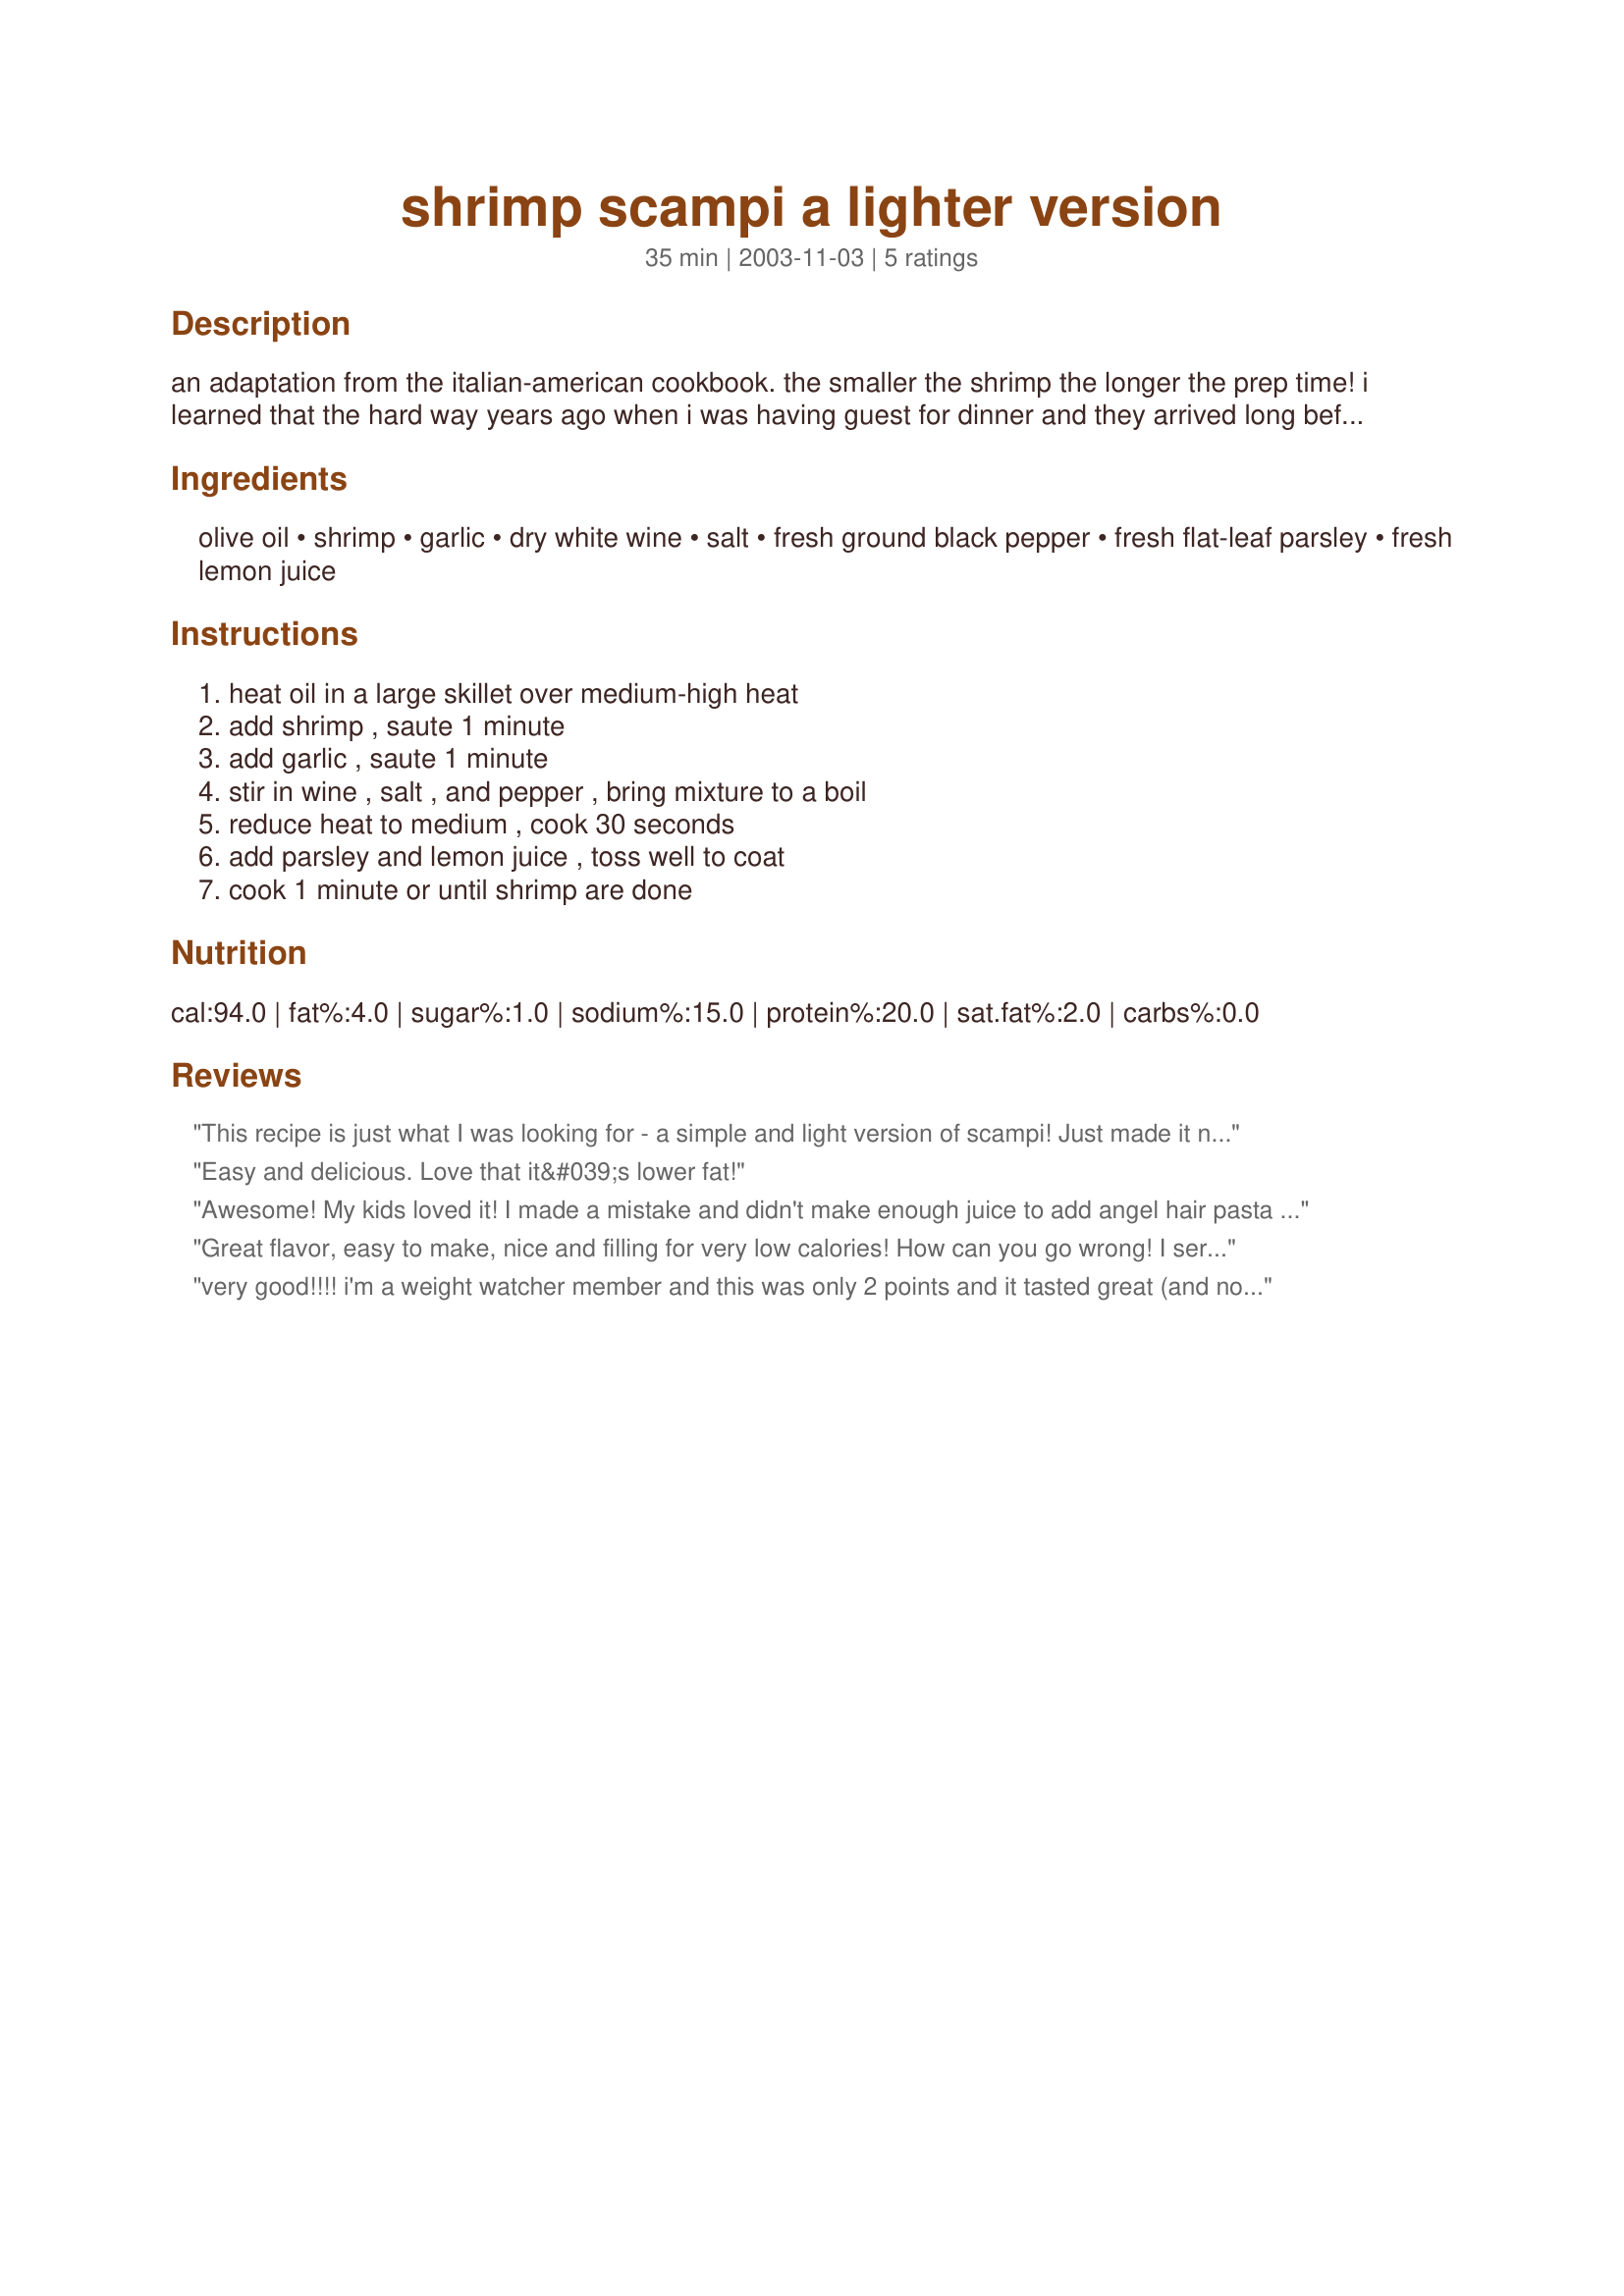
shrimp scampi a lighter version
Preparation time: 35 minutes

an adaptation from the italian-american cookbook. the smaller the shrimp the longer the prep time! i learned that the hard way years ago when i was having guest for dinner and they arrived long before i was finished peeling and deveining the shrimp.

Ingredients:
olive oil, shrimp, garlic, dry white wine, salt, fresh ground black pepper, fresh flat-leaf parsley, fresh lemon juice

Steps:
heat oil in a large skillet over medium-high heat, add shrimp , saute 1 minute, add garlic , saute 1 minute, stir in wine , salt , and pepper , bring mixture to a boil, reduce heat to medium , cook 30 seconds, add parsley and lemon juice , toss well to coat, cook 1 minute or until shrimp are done

Reviews:
This recipe is just what I was looking for - a simple and light version of scampi! Just made it now so it&#039;s all ready for when we get back from the lake. Sauteed up some green beans the same way and will have it over brown and wild rice. Used cilantro because I didn&#039;t have any fresh parsley on hand and it gave it a nice zing. Thanks! Maybe I&#039;ll whip up some peach salsa to have with it too. Thanks!
Easy and delicious. Love that it&#039;s lower fat!
Awesome! My kids loved it! I made a mistake and didn't make enough juice to add angel hair pasta but even so this was soooo DELICIOUS! Even my daughter asked me in an uncertain voice "was this healthy?" Whoda thunk something tasting this good would NOT be bad for you!
Great flavor, easy to make, nice and filling for very low calories! How can you go wrong! I served with asparagus and angel hair pasta.
very good!!!! i'm a weight watcher member and this was only 2 points and it tasted great (and non-weight watcher people liked it too!)
